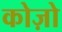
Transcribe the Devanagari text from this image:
कोज़ो